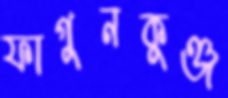
ফাগুনকুঞ্জ